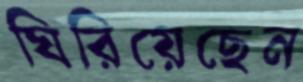
ঘিরিয়েছেন